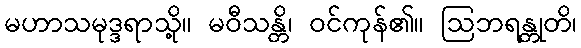
မဟာသမုဒ္ဒရာသို့။ မဝီသန္တိ၊ ဝင်ကုန်၏။ ဩဘရန္တုတိ၊